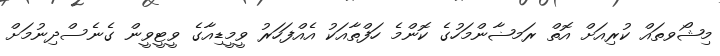
މިޝޯވތައް ކުރިއަށް އޮތް ރަމޟާންމަހުގެ ކޮންމެ ހަފްތާއަކު އެއްފަހަރު ވީމީޑިއާގެ ވީޓީވީން ގެނެސްދިނުމަށް